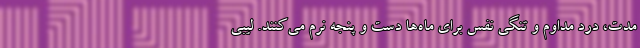
مدت، درد مداوم و تنگی نفس برای ماه‌ها دست و پنجه نرم می‌کنند. لیبی